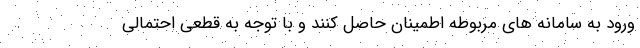
ورود به سامانه های مربوطه اطمینان حاصل کنند و با توجه به قطعی احتمالی